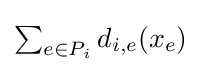
\textstyle \sum _{e\in P_{i}}d_{i,e}(x_{e})